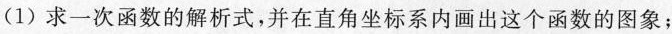
(1)求一次函数的解析式，并在直角坐标系内画出这个函数的图象；